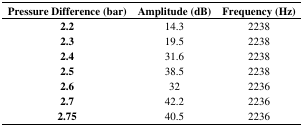
<table><thead><tr><td><b>Pressure Difference (bar)</b></td><td><b>Amplitude (dB)</b></td><td><b>Frequency (Hz)</b></td></tr></thead><tbody><tr><td><b>2.2</b></td><td>14.3</td><td>2238</td></tr><tr><td><b>2.3</b></td><td>19.5</td><td>2238</td></tr><tr><td><b>2.4</b></td><td>31.6</td><td>2238</td></tr><tr><td><b>2.5</b></td><td>38.5</td><td>2238</td></tr><tr><td><b>2.6</b></td><td>32</td><td>2236</td></tr><tr><td><b>2.7</b></td><td>42.2</td><td>2236</td></tr><tr><td><b>2.75</b></td><td>40.5</td><td>2236</td></tr></tbody></table>